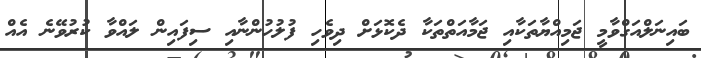
ބައިނަލްއަގްވާމީ ޖަމިއްޔާތަކާއި ޖަމާއަތްތަކާ ދެކޮޅަށް ދިވެހި ފުލުހުންނާއި ސިފައިން ލައްވާ ކުރުވޭނެ އެއް